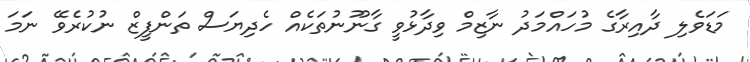
މަޑަވެލި ދާއިރާގެ މުހައްމަދު ނާޒިމް ވިދާޅުވީ ގާނޫނުތަކެއް ހެދިޔަސް ތަންފީޒް ނުކުރެވޭ ނަމަ